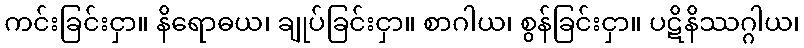
ကင်းခြင်းငှာ။ နိရောဓယ၊ ချုပ်ခြင်းငှာ။ စာဂါယ၊ စွန်ခြင်းငှာ။ ပဋိနိဿဂ္ဂါယ၊